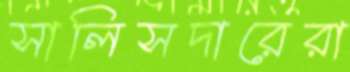
সালিসদারেরা